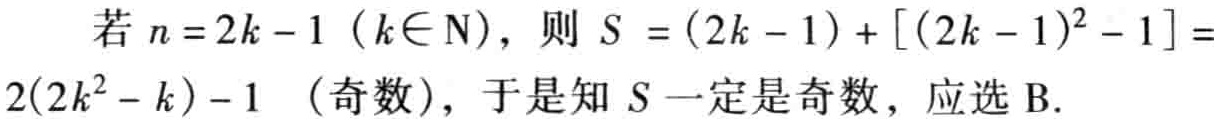
若 \(n = 2k - 1\)（\(k\in \mathrm{N}\)），则 \(S = (2k - 1) + [(2k - 1)^2 - 1] = 2(2k^2 - k) - 1\)（奇数），于是知 \(S\) 一定是奇数，应选 B.